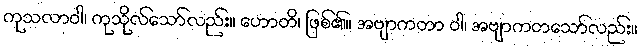
ကုသလာဝါ၊ ကုသိုလ်သော်လည်း။ ဟောတိ၊ ဖြစ်၏။ အဗျာကတာ ဝါ၊ အဗျာကတသော်လည်း။